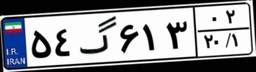
۵۴گ۶۱۳۰۲